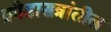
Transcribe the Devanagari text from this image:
क्रीडासत्रांतील